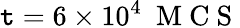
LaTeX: \mathtt{t}=6\times10^{4}~\mathrm{{~M~C~S~}}